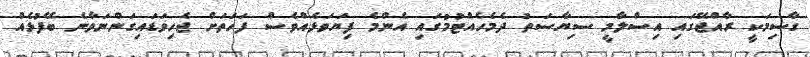
ގާސިމަކީ ރާއްޖޭގައި އިސްލާމީ ސިޔާސަތު ދެމެހެއްޓުމުގައި އެންމެ ފިޔަވަޅެއްވެސް ފަހަތަށް ޖެހިވަޑައިގަންނަވާނެ ބޭފުޅެއް